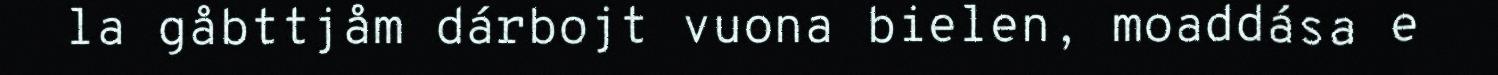
la gåbttjåm dárbojt vuona bielen, moaddása e